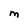
Character: M